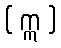
( ဣ )